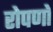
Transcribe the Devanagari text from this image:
रोपणों